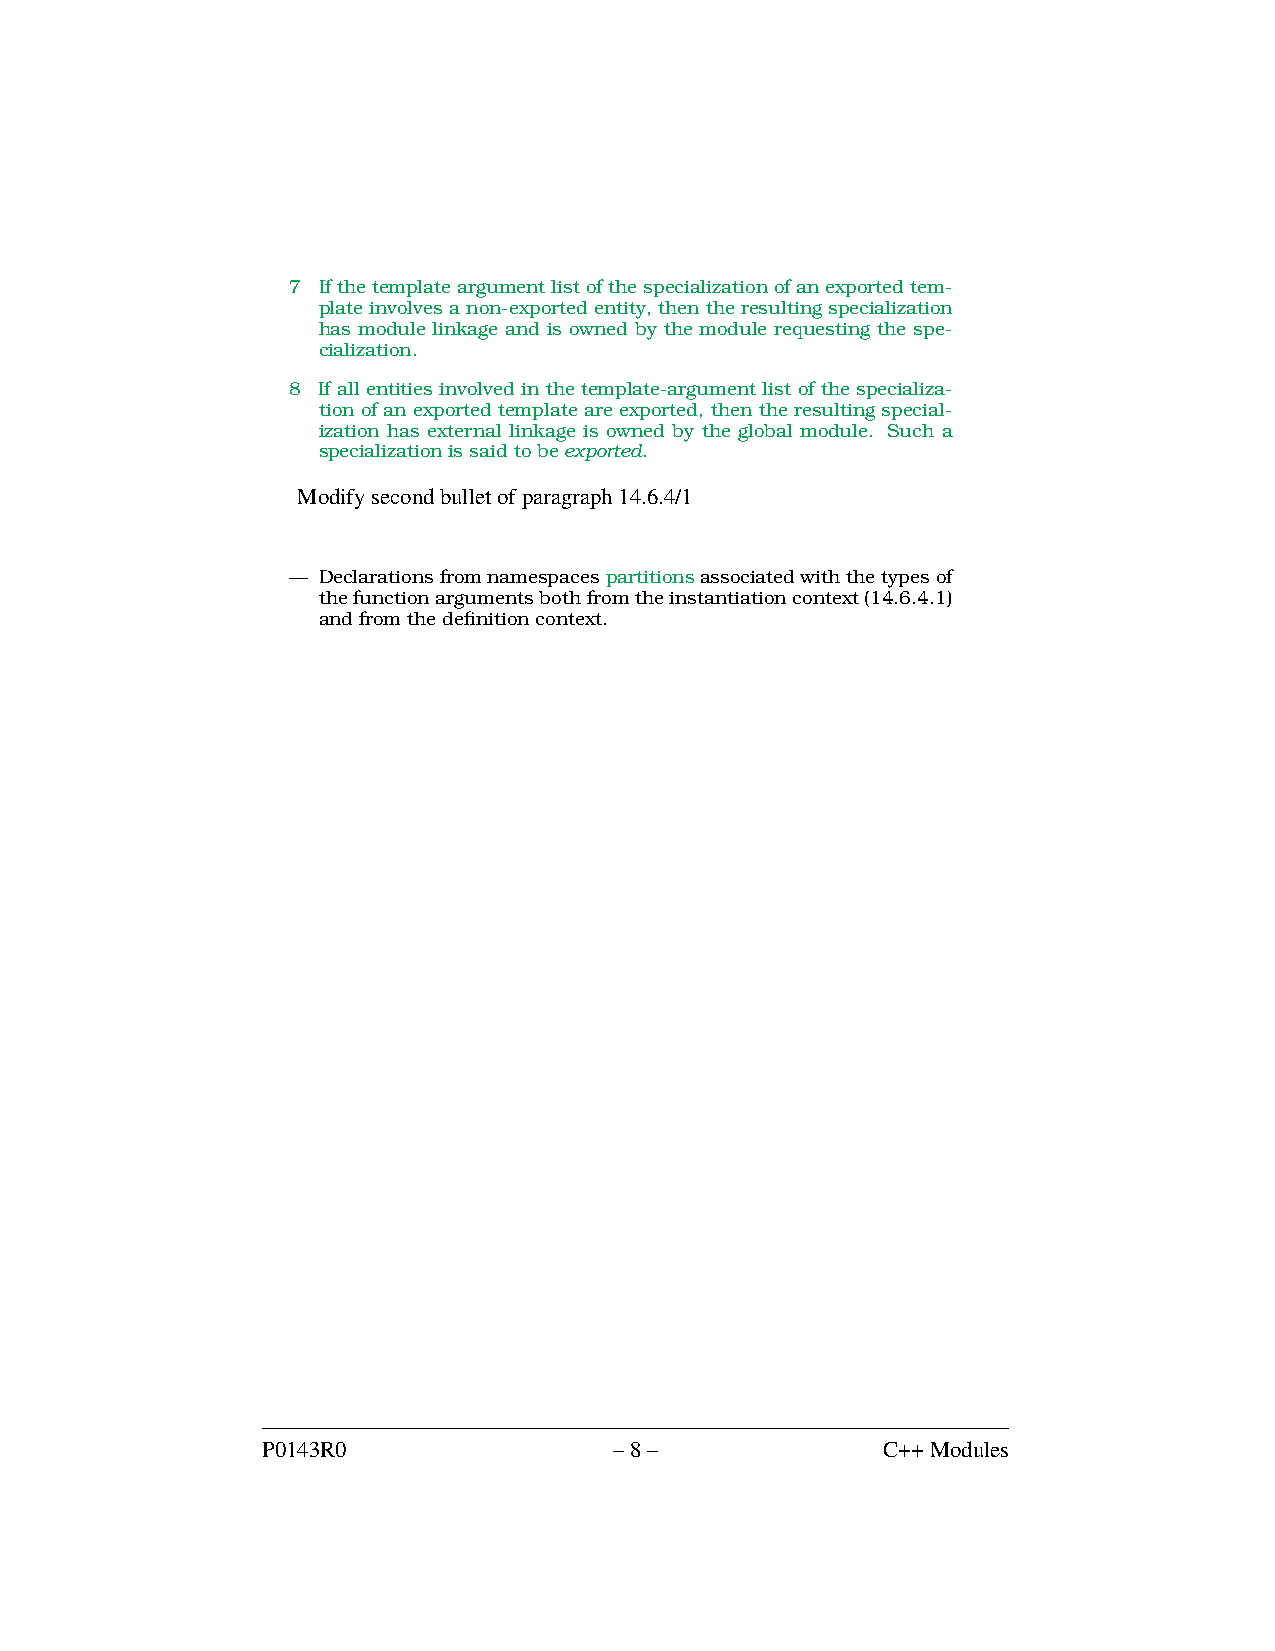
7 Ifthetemplateargumentlistofthespecializationofanexportedtem-
 plate involves a non-exported entity, then the resulting specialization
 has module linkage and is owned by the module requesting the spe-
 cialization.
 8 If all entities involved in the template-argument list of the specializa-
 tion of an exported template are exported, then the resulting special-
 ization has external linkage is owned by the global module. Such a
 specializationissaidtobeexported.
 Modifysecondbulletofparagraph14.6.4/1
 — Declarationsfromnamespacespartitionsassociatedwiththetypesof
 thefunctionargumentsbothfromtheinstantiationcontext(14.6.4.1)
 andfromthedefinitioncontext.
 P0143R0                 –8–              C++Modules